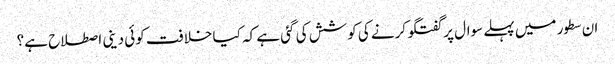
ان سطور میں پہلے سوال پر گفتگو کرنے کی کوشش کی گئی ہے کہ کیا خلافت کوئی دینی اصطلاح ہے؟